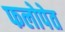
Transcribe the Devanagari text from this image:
फलोपेत